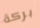
بركة